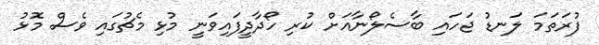
ފުރަތަމަ ލަނޑު ޖަހައި ބާސެލޯނާއަށް ކުރި ހޯދާދީފައިވަނީ މުޅި މެޗުގައި ވެސް މޮޅު